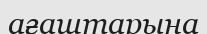
ағаштарына